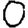
Digit: 0